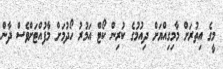
މީގެ އިތުރަށް މާމިގިއްޔަށް ދިއުމުގެ ކުރިން ކޯޓް އަމުރު ހޯދުމަށް މާފުއްޓަށްވެސް ދާން